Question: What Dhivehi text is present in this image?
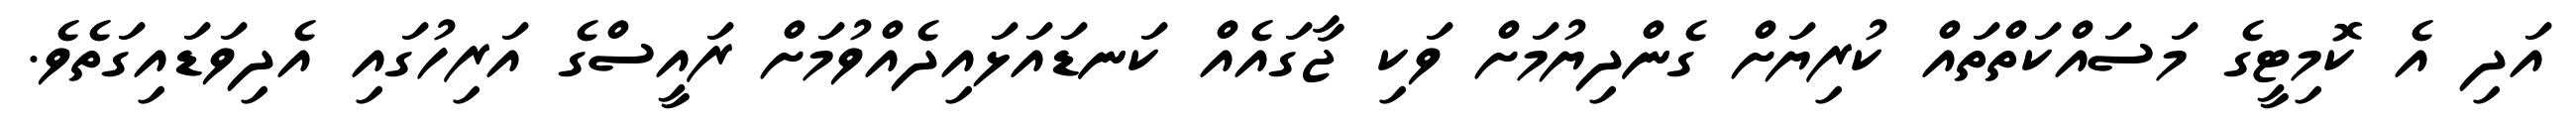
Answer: އަދި އެ ކޮމިޓީގެ މަސައްކަތްތައް ކުރިޔަށް ގެންދިޔުމަށް ވަކި ޖާގައެއް ކަނޑައަޅައިދެއްވުމަށް ރައީސްގެ އަރިހުގައި އެދިވަޑައިގަތެވެ.